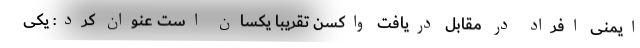
ایمنی افراد در مقابل دریافت واکسن تقریبا یکسان است عنوان کرد: یکی